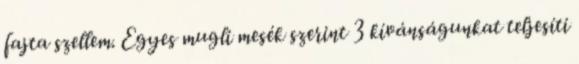
fajta szellem. Egyes mugli mesék szerint 3 kívánságunkat teljesíti